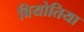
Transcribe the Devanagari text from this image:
बियोतिया